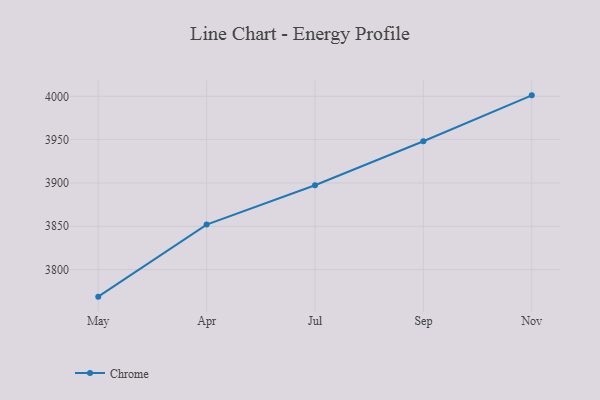
{"axis": {"x": "Month", "y": "Gross Profit (USD K)"}, "legend": ["Chrome"], "data": [{"x": "May", "y": 3768.8, "type": "Chrome"}, {"x": "Apr", "y": 3852.0, "type": "Chrome"}, {"x": "Jul", "y": 3897.3, "type": "Chrome"}, {"x": "Sep", "y": 3948.1, "type": "Chrome"}, {"x": "Nov", "y": 4001.1, "type": "Chrome"}]}